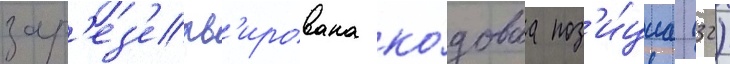
зар'ез'ерв'ирована ко́доваа поз'и́циа (32)